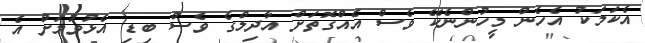
އެކަމަކު އެހެން މީހުންނެކޭ ވެސް އެއްގޮތަށް އާދިލްގެ ވެސް ބިޑި އެޅުވުމަށް އެ